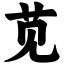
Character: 苋